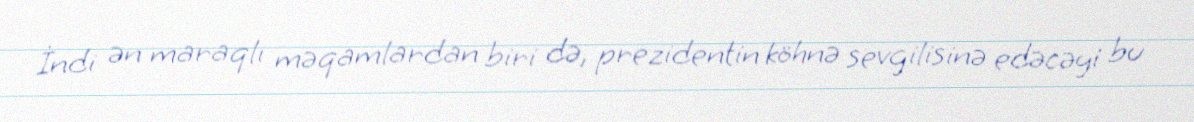
İndi ən maraqlı məqamlardan biri də, prezidentin köhnə sevgilisinə edəcəyi bu